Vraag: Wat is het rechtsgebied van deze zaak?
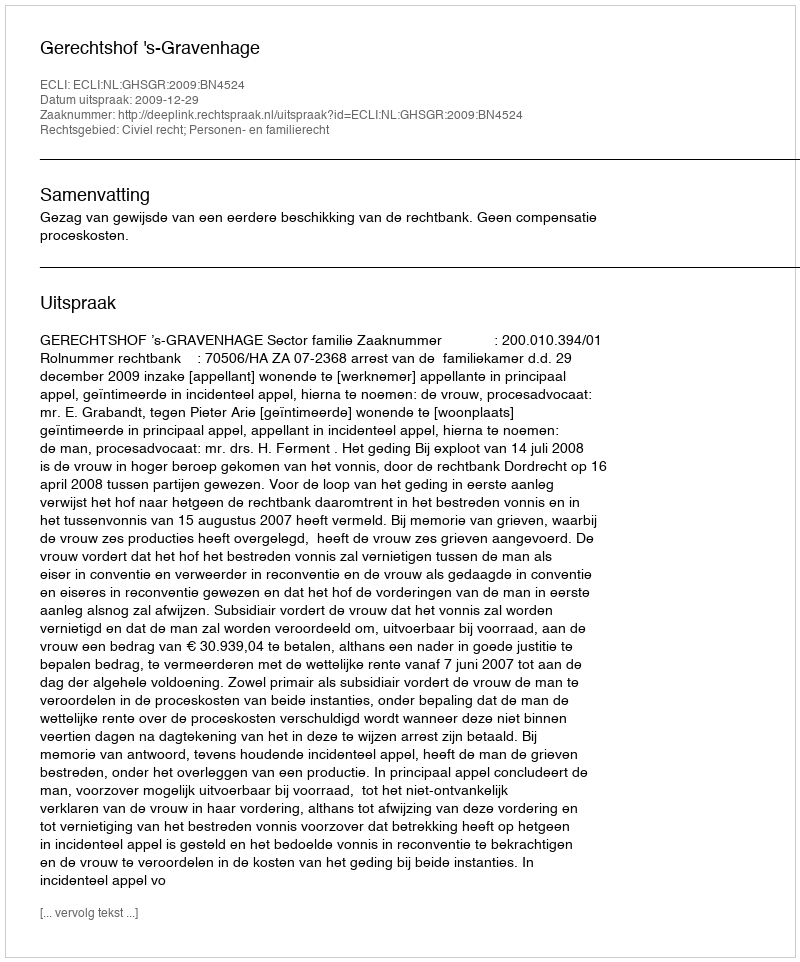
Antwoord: Civiel recht; Personen- en familierecht